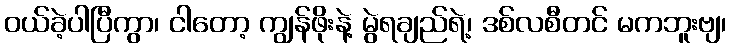
ဝယ်ခဲ့ပါပြီကွာ၊ ငါတော့ ကျွန်ဖိုးနဲ့ မွဲရချည်ရဲ့၊ ဒစ်လစီတင် မကဘူးဗျ၊